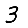
Digit: 3